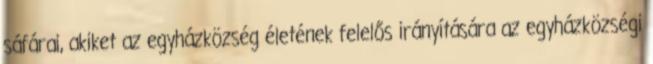
sáfárai, akiket az egyházközség életének felelős irányítására az egyházközségi